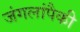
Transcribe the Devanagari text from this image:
जंगलांपैकी